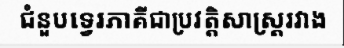
ជំនួបទ្វេរភាគីជាប្រវត្តិសាស្ត្ររវាង